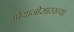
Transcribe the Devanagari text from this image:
पियानोसारख्या